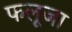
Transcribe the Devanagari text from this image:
फलूजा